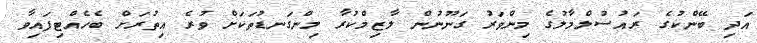
އަދި ބޭންކުގެ ރައުސުލްމާލުގެ މިންވަރު ގަނޫނުން ލާޒިމްކުރާ މިންގަނޑުތަކަށް ވުރެ އިތުރަށް ބެހެއްޓިފައިވާ